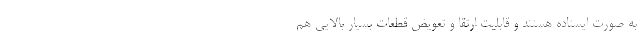
به صورت ایستاده هستند و قابلیت ارتقا و تعویض قطعات بسیار بالایی هم